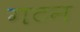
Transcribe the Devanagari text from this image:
गटन